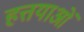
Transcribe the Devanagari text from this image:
हत्तयाओं